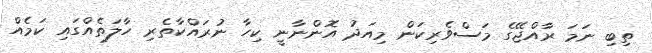
ތިބި ނަމަ ރާއްޖޭގެ މަސްވެރިކަން މިއަދު އޮންނާނީ ކިހާ ނުރައްކާތެރި ހާލަތެއްގައި ކަމެއް